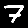
Digit: 7